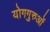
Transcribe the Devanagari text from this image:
योगगुरुओं